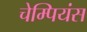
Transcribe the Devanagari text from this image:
चेम्पियंस